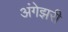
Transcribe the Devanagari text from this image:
अंगेझरी